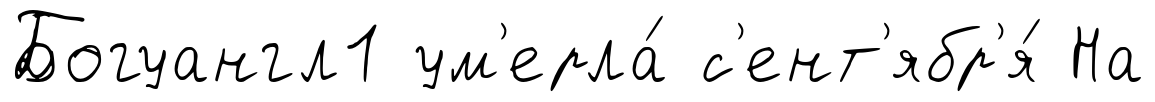
Богуангл1 ум'ерла́ с'ент'ябр'я́ На